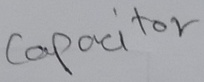
Text: Capacitor